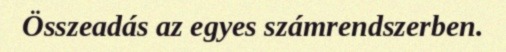
Összeadás az egyes számrendszerben.